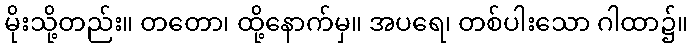
မိုးသို့တည်း။ တတော၊ ထို့နောက်မှ။ အပရေ၊ တစ်ပါးသော ဂါထာ၌။